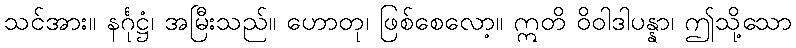
သင်အား။ နင်္ဂုဋ္ဌံ၊ အမြီးသည်။ ဟောတု၊ ဖြစ်စေလော့။ ဣတိ ဝိဝါဒါပန္နာ၊ ဤသို့သော